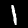
Label: 1